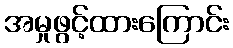
အမှုဖွင့်ထားကြောင်း